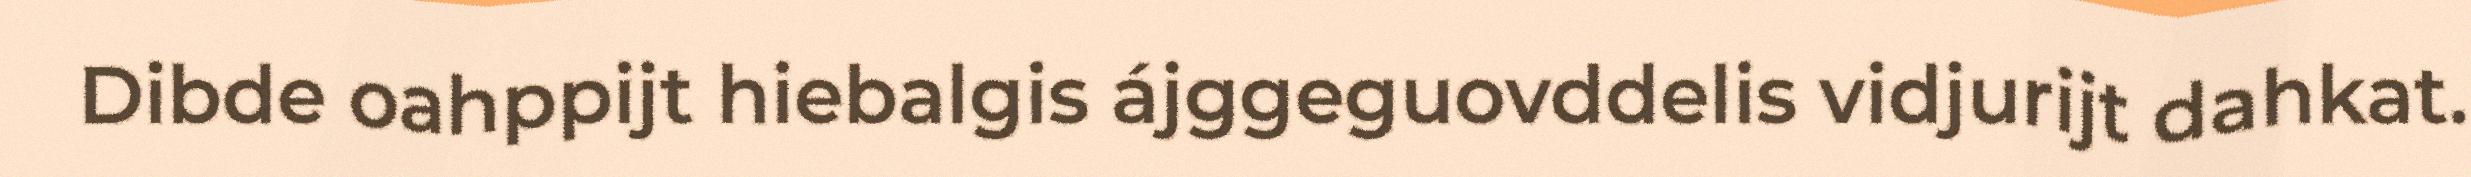
Dibde oahppijt hiebalgis ájggeguovddelis vidjurijt dahkat.